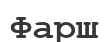
Фарш